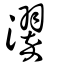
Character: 濢